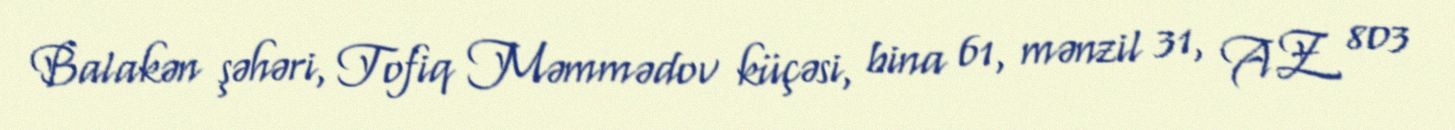
Balakən şəhəri, Tofiq Məmmədov küçəsi, bina 61, mənzil 31, AZ 803